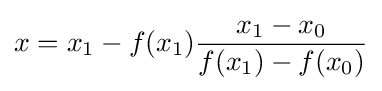
x=x_{1}-f(x_{1}){\frac {x_{1}-x_{0}}{f(x_{1})-f(x_{0})}}